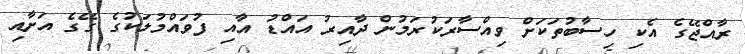
ރާއްޖޭގެ އެކި ހިސާބުތަކަށް ވިއްސާރަކުރަމުން ދާއިރު އައްޑު އާއި ފުވައްމުލަކުގެ ގޭގެ އަށާއި